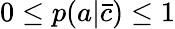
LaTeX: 0\leq p(a|\bar{c})\leq 1